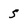
Character: S